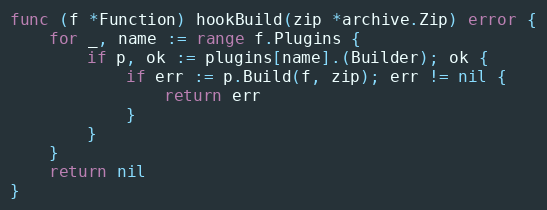
Language: Go
func (f *Function) hookBuild(zip *archive.Zip) error {
	for _, name := range f.Plugins {
		if p, ok := plugins[name].(Builder); ok {
			if err := p.Build(f, zip); err != nil {
				return err
			}
		}
	}
	return nil
}